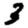
Digit: 3